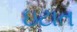
ઇટાત